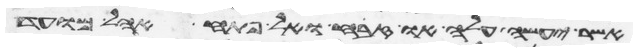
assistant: אשר יעשה עלה או זבח ואל פתח אהל מועד